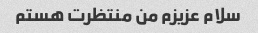
سلام عزیزم من منتظرت هستم